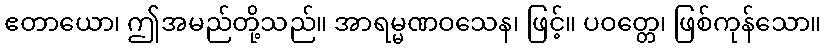
ဧတာယော၊ ဤအမည်တို့သည်။ အာရမ္မဏဝသေန၊ ဖြင့်။ ပဝတ္တေ၊ ဖြစ်ကုန်သော။